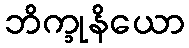
ဘိက္ခုနိယော